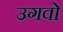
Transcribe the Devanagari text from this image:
उगवो